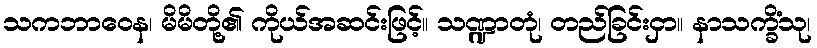
သကဘာဝေန၊ မိမိတို့၏ ကိုယ်အဆင်းဖြင့်။ သဏ္ဍာတုံ၊ တည်ခြင်းငှာ။ နာသက္ခိံသု၊